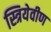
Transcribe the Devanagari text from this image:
स्त्रियेवीण